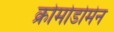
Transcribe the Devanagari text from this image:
क्रोमोडोमेन